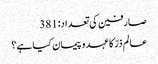
صارفین کی تعداد:381
عالم ذرّ کا عہد و پیمان کیا ہے؟